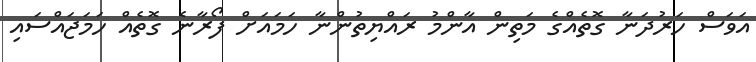
އަވަސް ހަރުދަނާ ގޮތެއްގެ މަތިން އާންމު ރައްޔިތުންނާ ހަމައަށް ފޯރާނެ ގޮތެއް ހަމަޖައްސައި